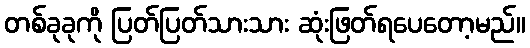
တစ်ခုခုကို ပြတ်ပြတ်သားသား ဆုံးဖြတ်ရပေတော့မည်။